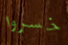
خسروا